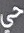
حي